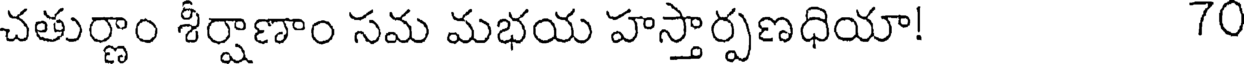
చతుర్ణాం శీర్షాణాం సమ మభయ హస్తార్పణధియా! 70